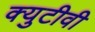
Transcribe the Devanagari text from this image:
क्युटीवी